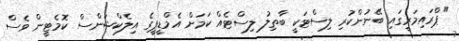
"ޕްރައިމަރީގައި ބޭނުންކުރި ލިސްޓަކީ ބާތިލު ލިސްޓެއް ކަމަށް އެމްޑީޕީގެ އިލެކްޝަންސް ކޮމެޓީން ވެސް